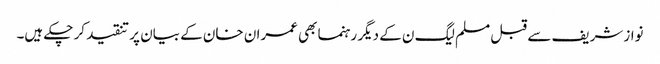
نواز شریف سے قبل مسلم لیگ ن کے دیگر رہنما بھی عمران خان کے بیان پر تنقید کر چکے ہیں۔